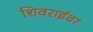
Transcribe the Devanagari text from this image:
शिवराईवर